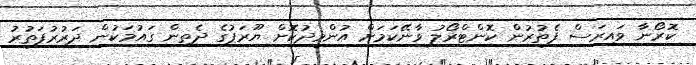
ކޮރޯނާ ވައިރަސް ފެތުރުން ކޮންޓްރޯލު ވާނޭކަމަށް އުންމީދުކޮށް ޔޫރަޕުގެ ދެތިން ގައުމަކުން ދަރުރުފަތުރު